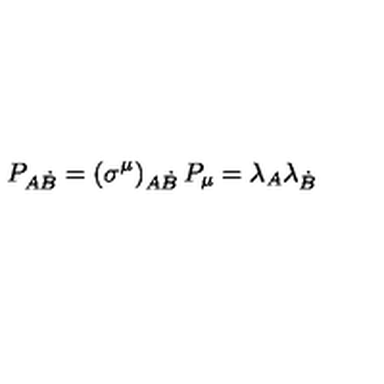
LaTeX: P _ { A \dot { B } } = \left( \sigma ^ { \mu } \right) _ { A \dot { B } } P _ { \mu } = \lambda _ { A } \lambda _ { \dot { B } }